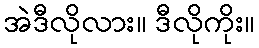
အဲဒီလိုလား။ ဒီလိုကိုး။